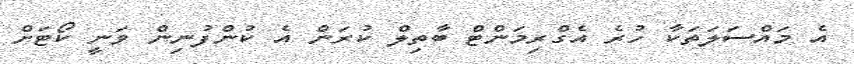
އެ މައްސަލަތަކާ ހުރެ އެގްރިމަންޓް ބާތިލް ކުރަން އެ ކުންފުނިން ވަނީ ކޯޓަށް